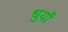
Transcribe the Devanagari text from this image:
धुर्यो